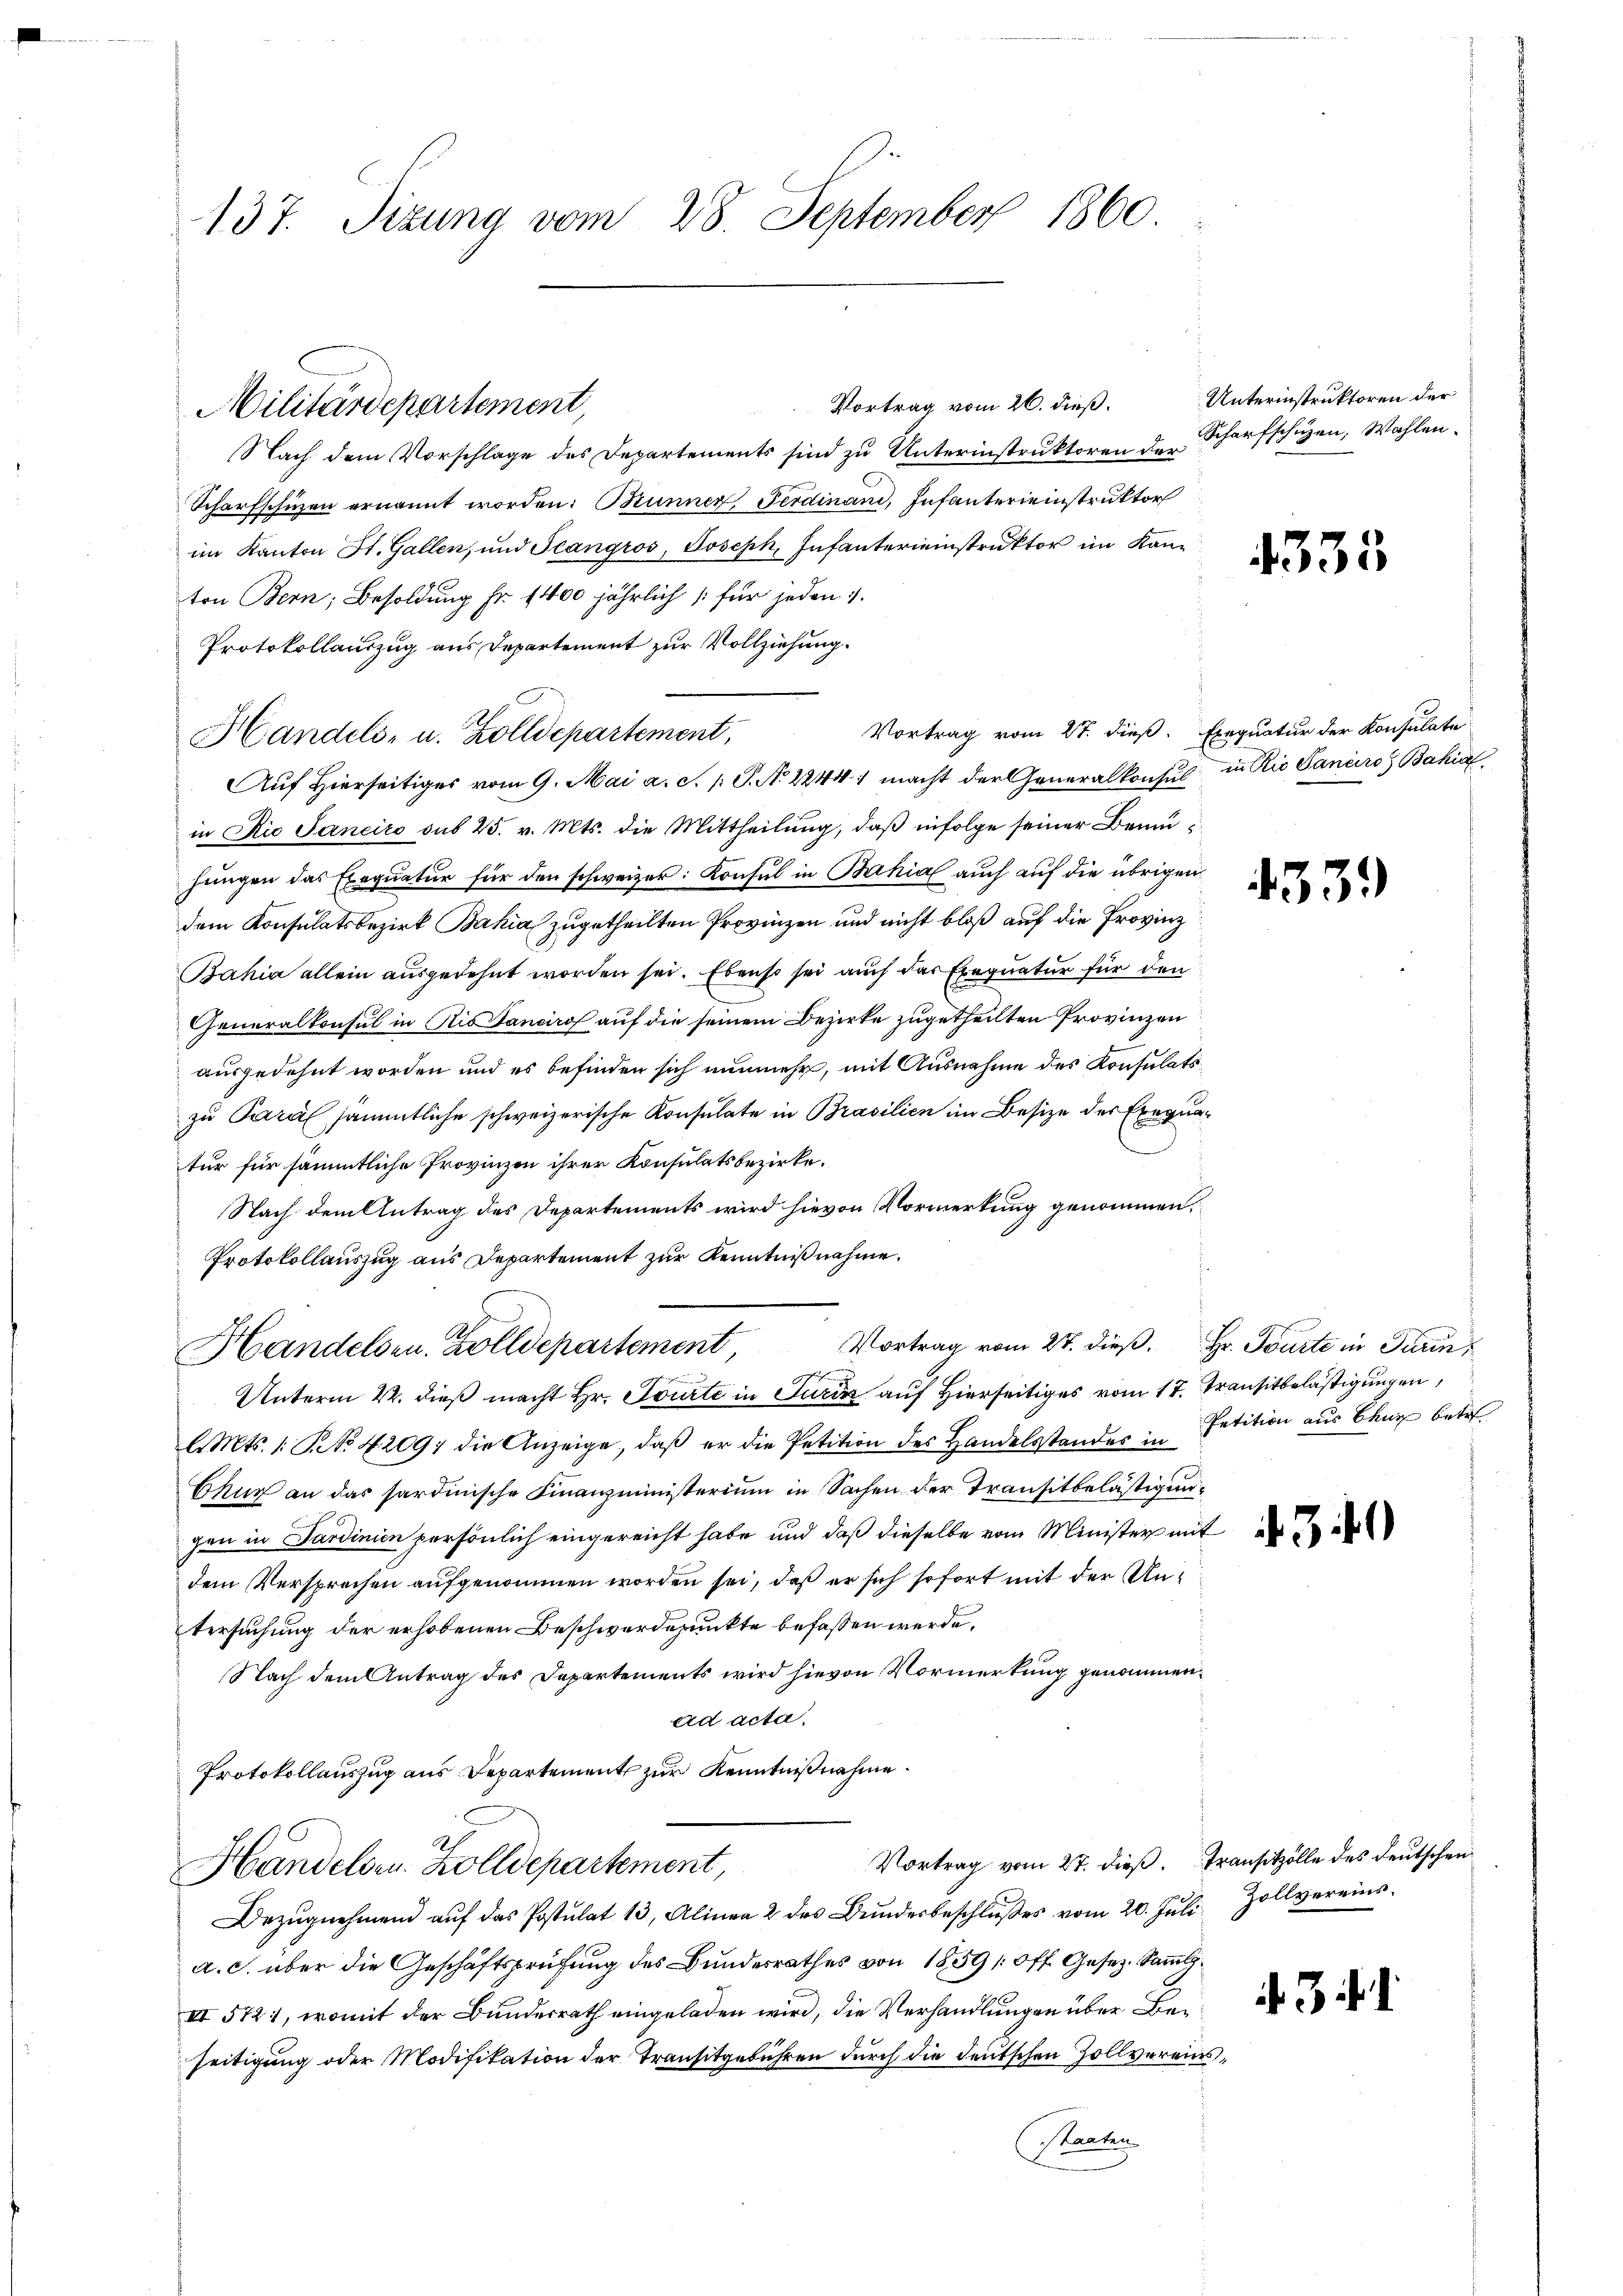
137. Sizung vom 28. September 1860

Vortrag vom 26. dieß.
Nach dem Vorschlage des Departements sind zu Unterinstruktoren der Scharfschüzen. Wahlen¬
Scharfschuzen ernannt worden: Brunner Ferdinand, Infanterieinstruktor
im Kanton St. Gallen, und Stangros, Joseph, Infantereinstruktor im Kanton Bern, Besoldung Fr. 1400 jährlich für jeden 1.
Protokollauszug aus Departement zur Vollziehung.
Vortrag vom 27. dieß. Exequatur der Konsulate
in Rio Janeiro sub 25. v. Mts. die Mittheilŭng, daβ infolge seiner Beihungen das Exequatur für den schweizer: Konsul in Bahia auch auf die übrigen
dem Konsulatsbezirk Bahia zugetheilten Provinzen und nicht bloß auf die Provinz
Bahia allein ausgedehnt worden sei. Ebenso sei auch das Exequatur für den
Generalkonsul in Ristanciro auf die seinem Bezirke zugetheilten Provinzen
ausgedehnt worden und es befinden sich nunmehr, mit Ausnahme des Konsulatszu Parall sämmtliche schweizerische Konsulate in Brasilien im Besize der Exequatur für sämmtliche Provinzen ihrer Konsulatsbezirke.
Nach dem Antrag des Departements wird hievon Vormerkung genommen,
Protokollauszug aus Departement zur Kenntnißnahme.
Handelsen. Zolldepartement Vortrag vom 27. dieß. Hr. Tourte in Turin,
Unterm 22. dieß macht Hr. Toute in Turin auf Hierseitiges vom 17. Transitbelästigungen,
l. Mts. 1. No 42097 die Anzeige, daß er die Petition des Handelsstandes in Petition aus Baur betre
Chur an das sardinische Finanzministerium in Sachen der Transitbelästigungen in Sardinien persönlich eingereicht habe und daß dieselbe vom Minister mit
dem Versprechen aufgenommen worden sei, daß er sich sofort mit der Untersuchung der erhobenen Beschwerdepunkte befassen werde,
Nach dem Antrag des Departements wird hievon Vormerkung genommen.
ad acta.
Protokollauszug aus Departement zur Kenntnißnahme.
Vortrag vom 27. dieß. Transitzölle des Deutschen
Handelsr. Zolldepartement,
Bezŭgnehmend aŭf das Postulat 13, Alinea 2 des Bŭndesbeschlŭβes vom 20. Jŭli Zollvereinsa. c. über die Geschäftsprüfung des Bundesrathes von 1859 (Off. Gesez. Sammlg.
III 572, womit der Bundesrath eingeladen wird, die Verhandlungen über Beseitigung oder Modifikation der Transitgebühren durch die deutschen Zollvereins¬
Staaten

Militärdepartement,

Handels- u. Zolldepartement,
Auf Hierseitiges vom 9. Mai a. c. p. P. N. 22441 macht der Generalkonsul in Rio Canciro Bakia

Unterinstruktoren der

4333

435

)

4

43